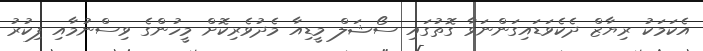
އެކަމަކު ރިޔާޒް ދެކެވަޑައިގަންނަވާ ގޮތުގައި ސޯޝަލް މީޑިއާ މެދުވެރިކޮށް މީހުންގެ ވިސްނުމާއި ފިކުރު